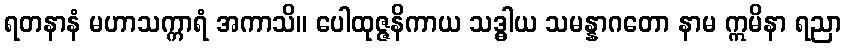
ရတနာနံ မဟာသက္ကာရံ အကာသိ။ ပေါထုဇ္ဇနိကာယ သဒ္ဓါယ သမန္နာဂတော နာမ ဣမိနာ ရညာ